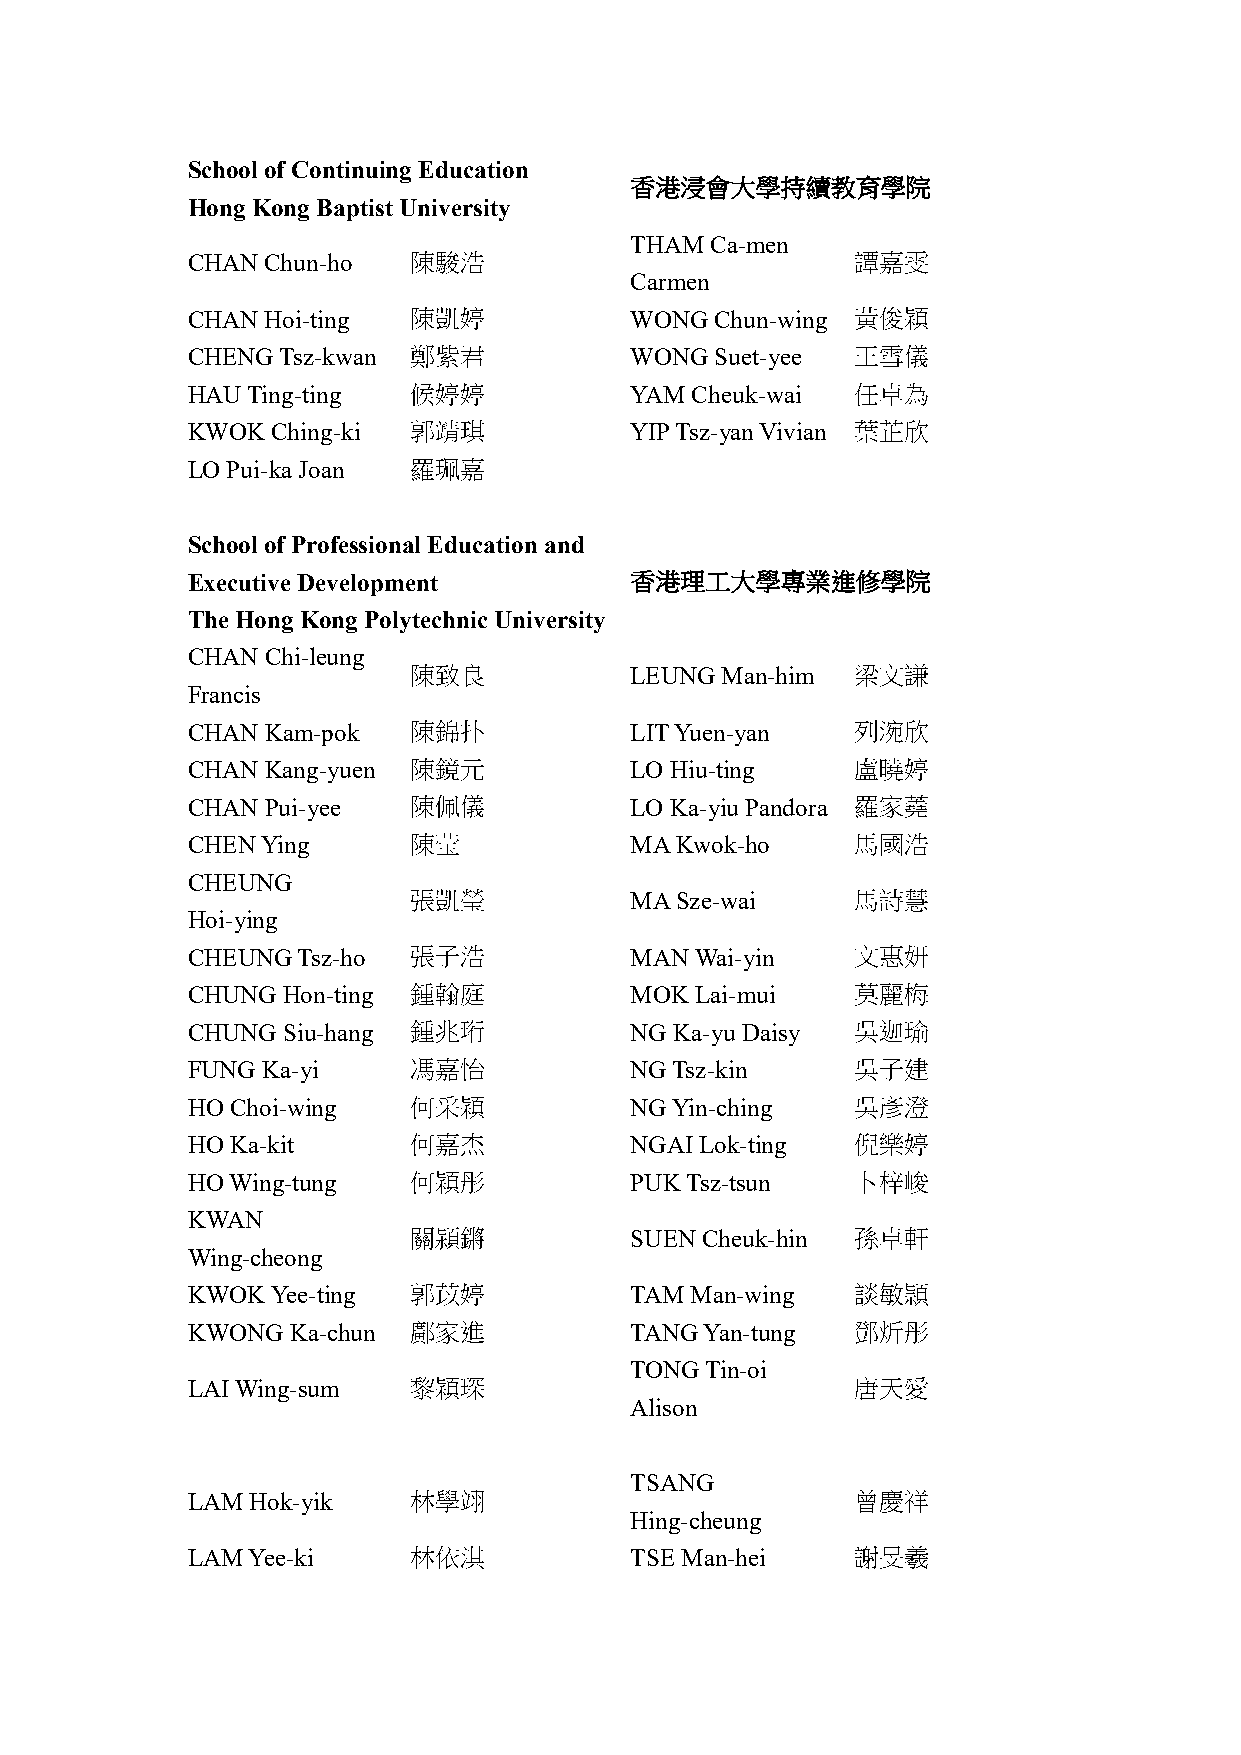
School of Continuing Education
 香港浸會大學持續教育學院
 Hong Kong Baptist University
 THAM Ca-men
 CHAN  Chun-ho  陳駿浩                           譚嘉雯
 Carmen
 CHAN  Hoi-ting 陳凱婷            WONG Chun-wing 黃俊穎
 CHENG Tsz-kwan 鄭紫君            WONG Suet-yee  王雪儀
 HAU Ting-ting  候婷婷            YAM Cheuk-wai  任卓為
 KWOK  Ching-ki 郭靖琪            YIP Tsz-yan Vivian 葉芷欣
 LO Pui-ka Joan 羅珮嘉
 School of Professional Education and
 Executive Development         香港理工大學專業進修學院
 The Hong Kong Polytechnic University
 CHAN  Chi-leung
 陳致良            LEUNG Man-him  梁文謙
 Francis
 CHAN  Kam-pok  陳錦扑            LIT Yuen-yan   列涴欣
 CHAN  Kang-yuen 陳鏡元           LO Hiu-ting    盧曉婷
 CHAN  Pui-yee  陳佩儀            LO Ka-yiu Pandora 羅家蕘
 CHEN Ying      陳莹             MA Kwok-ho     馬國浩
 CHEUNG
 張凱瑩            MA Sze-wai     馬詩慧
 Hoi-ying
 CHEUNG  Tsz-ho 張子浩            MAN Wai-yin    文惠妍
 CHUNG  Hon-ting 鍾翰庭           MOK Lai-mui    莫麗梅
 CHUNG  Siu-hang 鍾兆珩           NG Ka-yu Daisy 吳迦瑜
 FUNG Ka-yi     馮嘉怡            NG Tsz-kin     吳子建
 HO Choi-wing   何采穎            NG Yin-ching   吳彥澄
 HO Ka-kit      何嘉杰            NGAI Lok-ting  倪樂婷
 HO Wing-tung   何穎彤            PUK Tsz-tsun   卜梓峻
 KWAN
 關潁鏘            SUEN Cheuk-hin 孫卓軒
 Wing-cheong
 KWOK  Yee-ting 郭苡婷            TAM Man-wing   談敏頴
 KWONG  Ka-chun 鄺家進            TANG Yan-tung  鄧炘彤
 TONG Tin-oi
 LAI Wing-sum   黎穎琛                           唐天愛
 Alison
 TSANG
 LAM Hok-yik    林學翊                           曾慶祥
 Hing-cheung
 LAM Yee-ki     林依淇            TSE Man-hei    謝旻羲